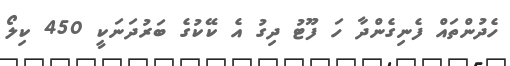
ހެދުންތައް ފެނިގެންދާ ހަ ފޫޓު ދިގު އެ ކޭކުގެ ބަރުދަނަކީ 450 ކިލޯ